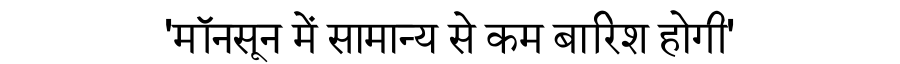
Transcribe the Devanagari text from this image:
'मॉनसून में सामान्य से कम बारिश होगी'